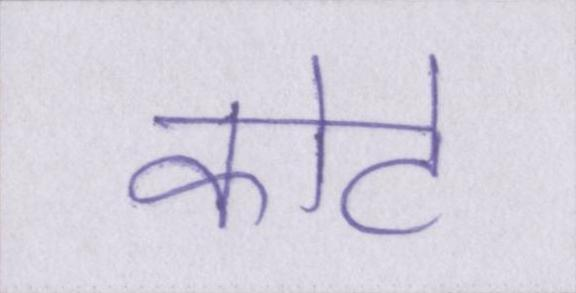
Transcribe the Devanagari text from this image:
कोटे